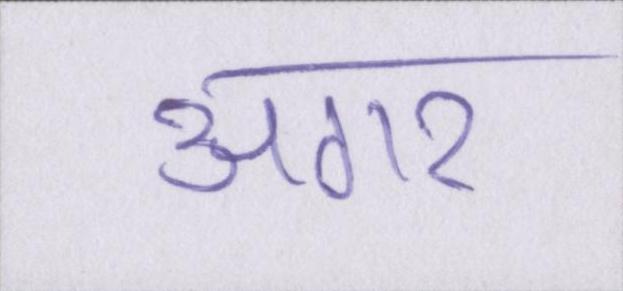
अगर